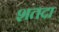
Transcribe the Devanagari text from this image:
शतदा